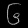
Digit: ၆